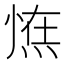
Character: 𭵛